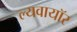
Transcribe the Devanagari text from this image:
ल्यवायॉर